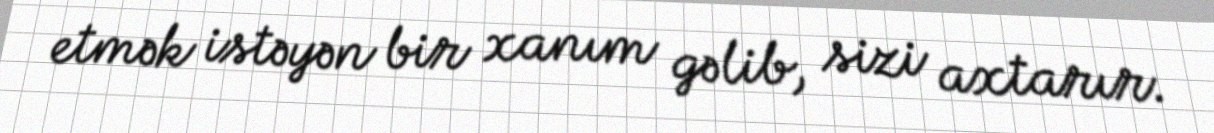
etmək istəyən bir xanım gəlib, sizi axtarır.